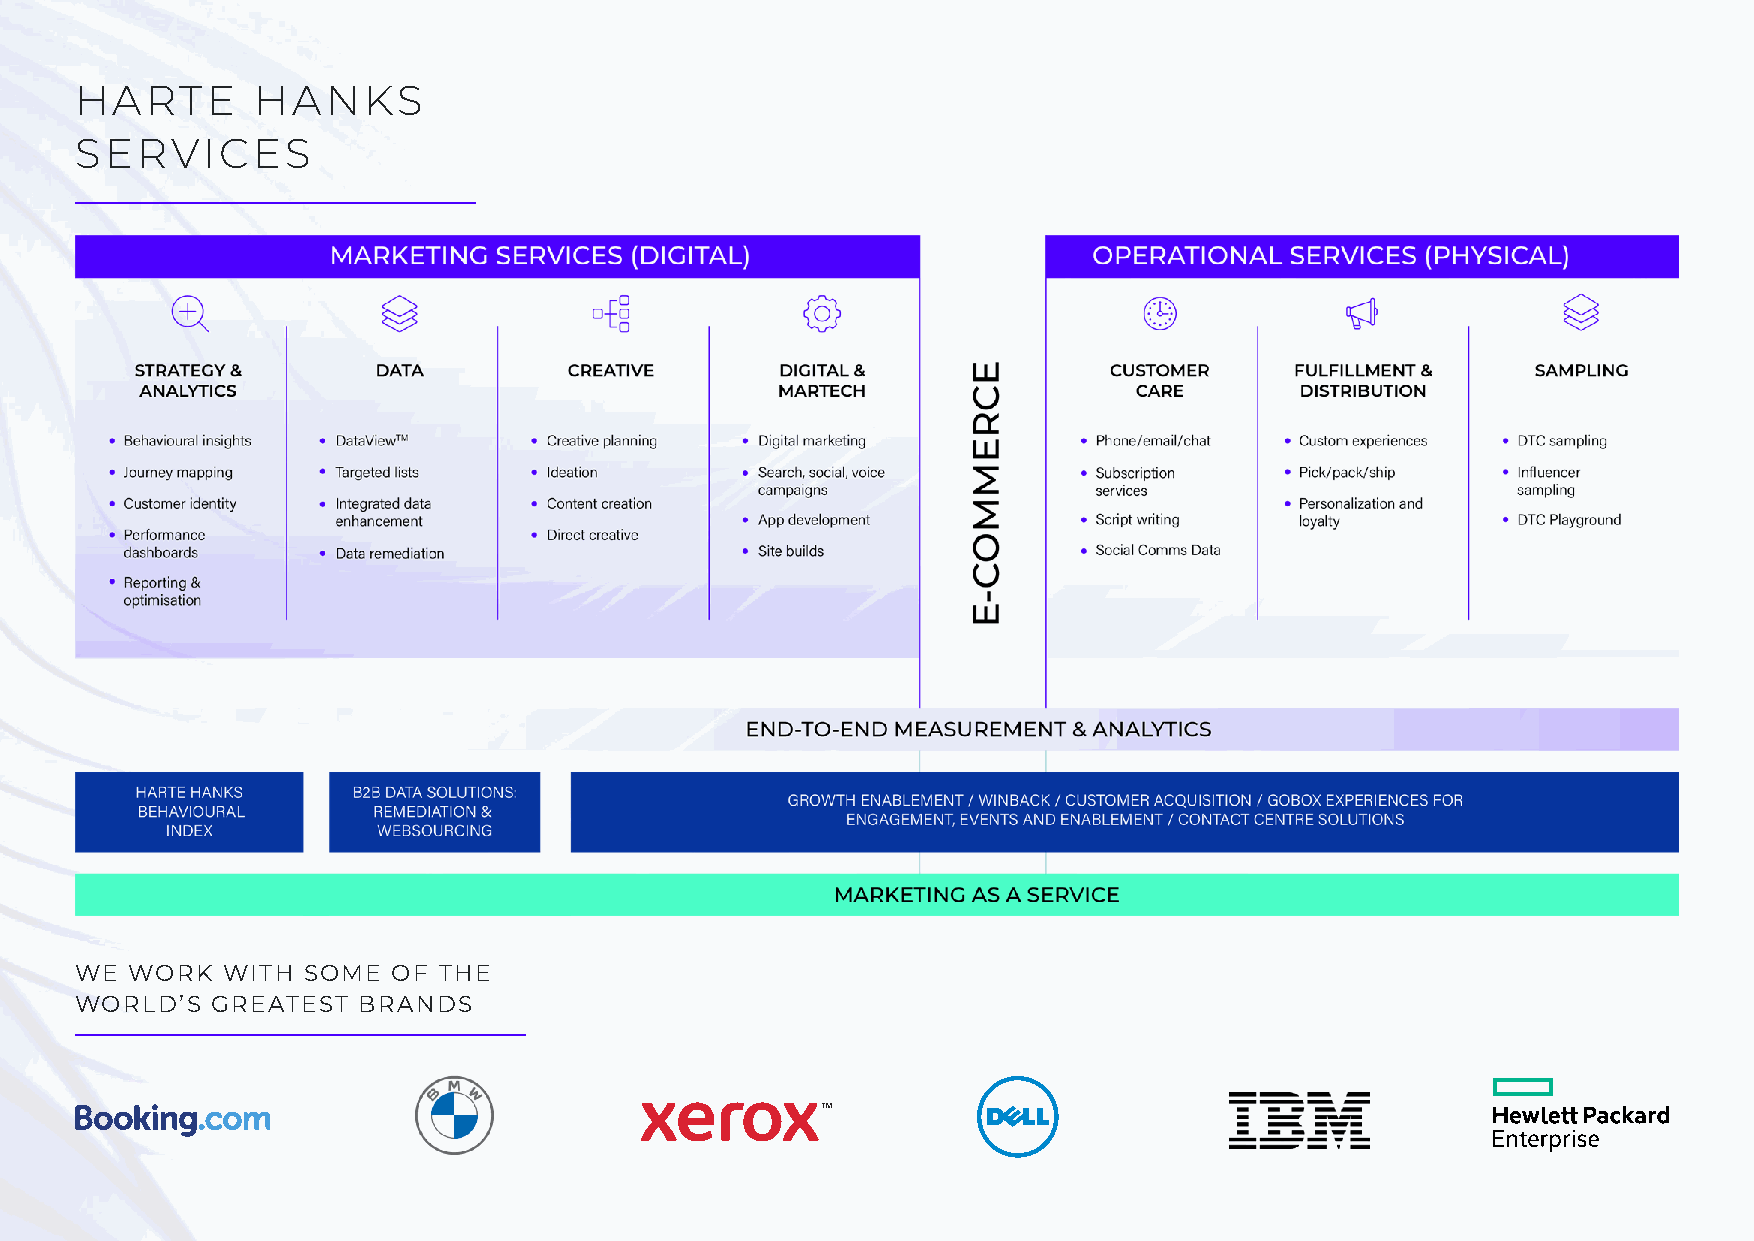
HARTE       HANKS
 SERVICES
 WE WORK   WITH SOME  OF THE
 WORLD’S  GREATEST  BRANDS